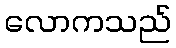
လောကသည်